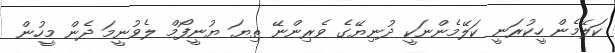
ކަލޭމެން ހީކުރަނީ ކަލޭމެންނަކީ ދުނިޔޭގެ ވެރިންނޭ ތިޔަ ޔުނީފޯމް ލެވުނީމަ ދެން މީހުން